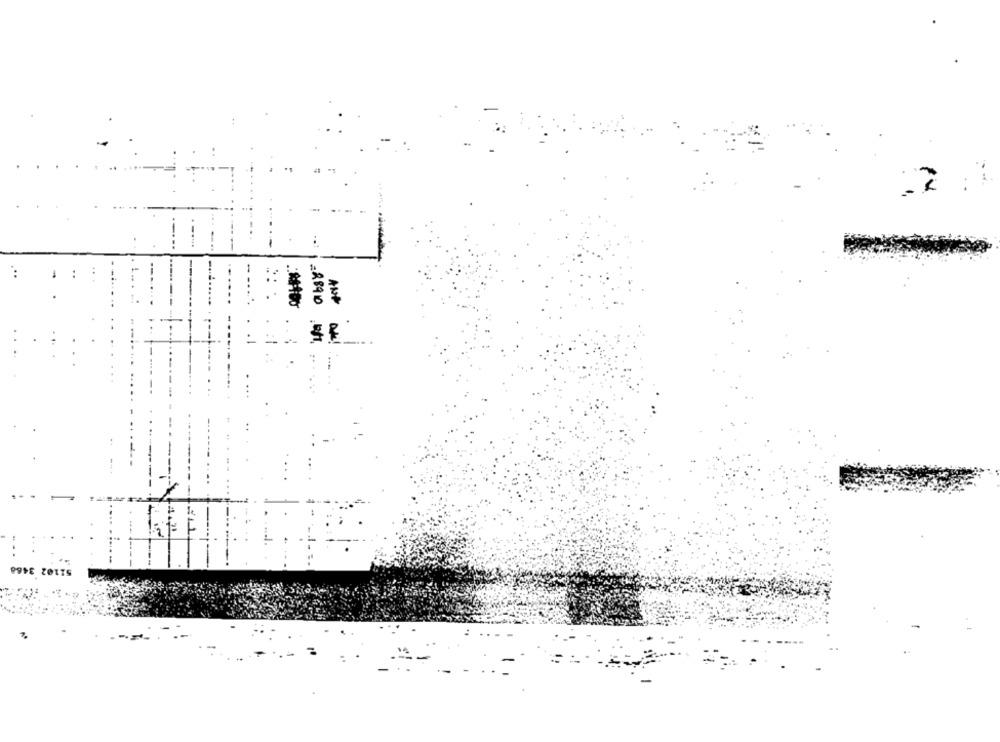
=28910
AND
.... .
51102 3468